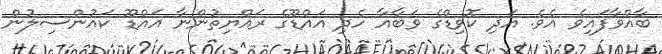
ބާއްވާފައިވެ އެެވެ. އަދި ކޮވިޑްގެ ވަބާއާ ހެދި އައްޑޫގެ ރައްޔިތުންނާ އައްޑޫ ކައުންސިލުން